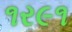
૧ર૯૧